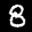
Label: 8